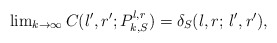
\begin{align*} \lim \nolimits_{k \to \infty} C(l',r';P_{k,S}^{l,r}) = \delta_S(l,r; \, l',r'),\end{align*}